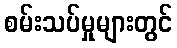
စမ်းသပ်မှုများတွင်